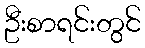
ဦးစာရင်းတွင်